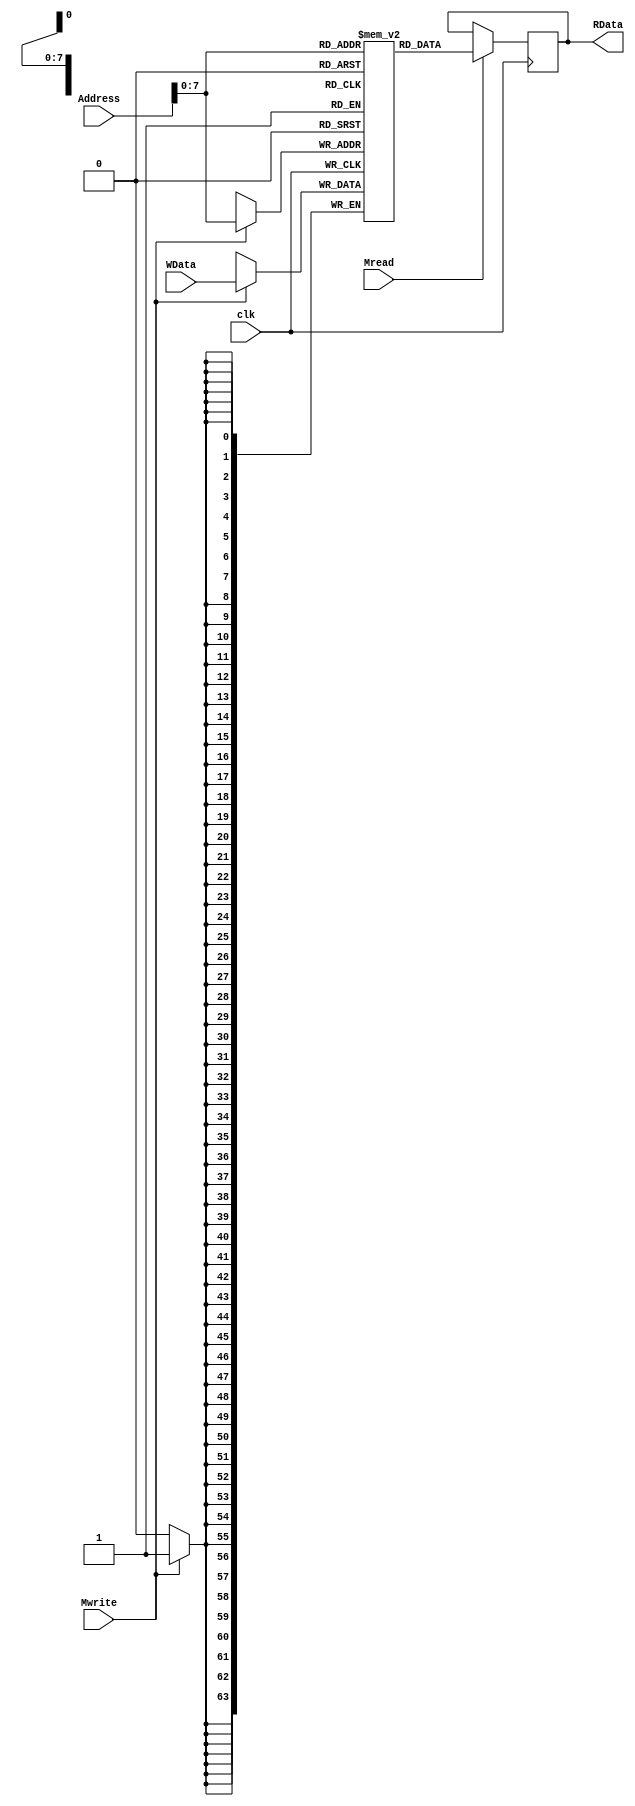
module DataMem (
input wire [63:0] Address,  
input wire [63:0] WData,    
input wire Mwrite, Mread,
input wire clk,                  
output reg [63:0] RData      
);

reg [63:0] Memory[0:255];          

integer i;

initial begin
  RData <= 0;
  for (i = 0; i < 256; i = i + 1) begin
    Memory[i] = i;
  end
end

always @(posedge clk) 
begin
  if (Mwrite == 1'b1) 
  begin
    Memory[Address] <= WData;
  end

  if (Mread == 1'b1) 
  begin
    RData <= Memory[Address];
  end
end

endmodule